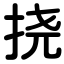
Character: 挠